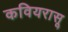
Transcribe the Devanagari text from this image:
कवियरासू